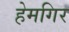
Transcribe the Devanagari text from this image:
हेमगिर